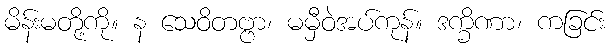
မိန်းမတို့ကို။ န သေဝိတဗ္ဗာ၊ မမှီဝဲအပ်ကုန်။ ဒက္ခိဏာ၊ ကခြင်း